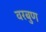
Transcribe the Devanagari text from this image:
वरबुण